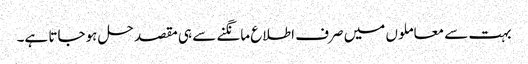
بہت سے معاملوں میں صرف اطلاع مانگنے سے ہی مقصد حل ہوجاتا ہے۔